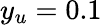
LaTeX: y_{u}=0.1